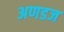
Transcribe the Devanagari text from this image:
अणडज